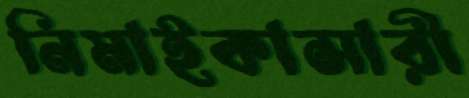
নিমাইকাসারী